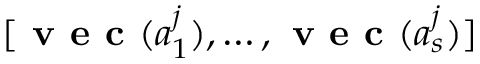
[ \textbf { v e c } ( a _ { 1 } ^ { j } ) , \dots , \textbf { v e c } ( a _ { s } ^ { j } ) ]